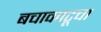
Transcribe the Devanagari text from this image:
बचावपटूचा